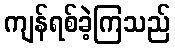
ကျန်ရစ်ခဲ့ကြသည်